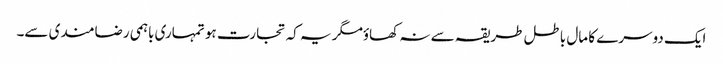
ایک دوسرے کا مال باطل طریقہ سے نہ کھاؤمگر یہ کہ تجارت ہو تمہاری باہمی رضامندی سے۔